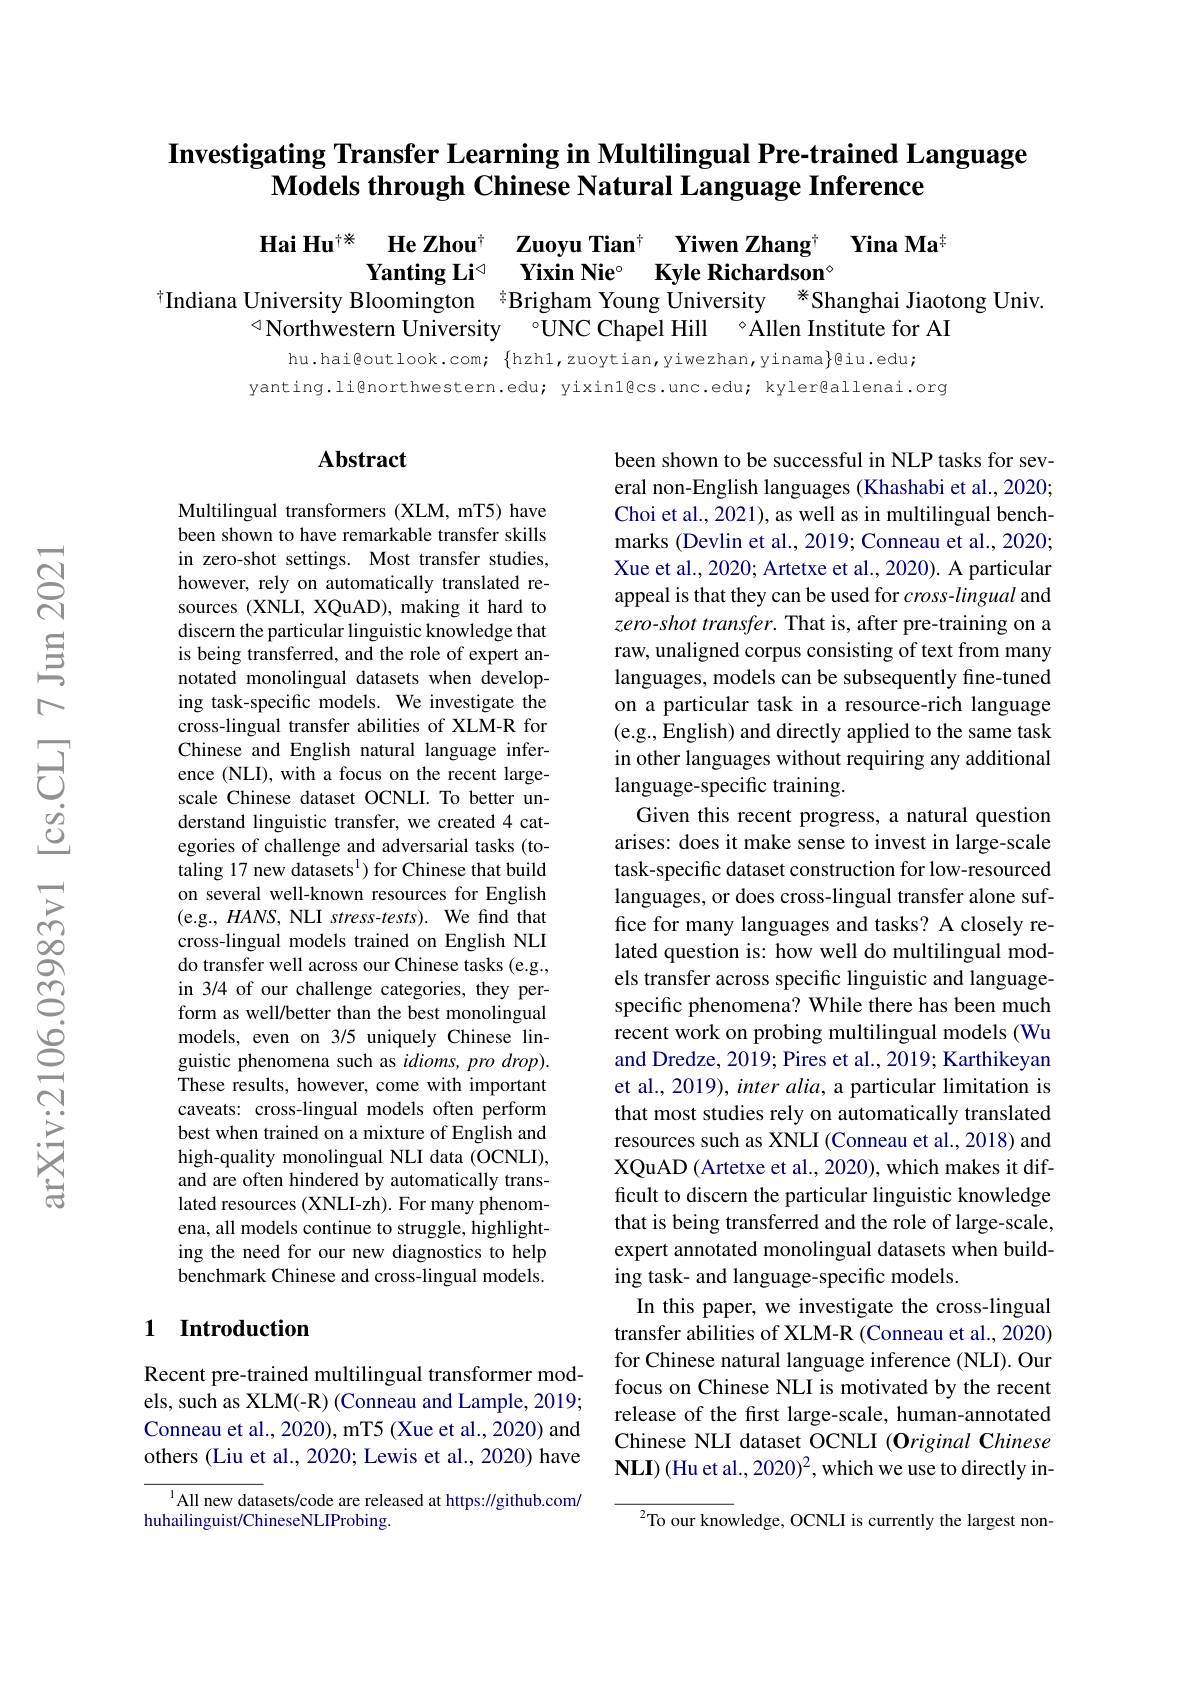
# Investigating Transfer Learning in Multilingual Pre-trained Language Models through Chinese Natural Language Inference

Hai Hu$^{+\text{*}}$ He Zhou$^{+\text{ He Zhou}^{+\text{ Zuoyu Tian}^{+}}}\textbf{ Yiwen Zhang}^{+}\textbf{ Yina Ma}^{\pm}$Yanting Li$^{\circ}$ Yixin Nie$^{\circ}$ Kyle Richardson$^{\circ}$Indiana University Bloomington $^{\text{年}}$Brigham Young University $^{*}$Shanghai Jiaotong Univ$\triangleleft$Northweste

hu.hai@outlook.com; $\{$hzhl,zuoytian,yiwezhan,yinama$\}$@iu.edu;
yanting.li@northwestern.edu; yixinl@cs.unc.edu; kyler@allenai.org

### $\mathbf{Abstract}$

Multilingual transformers (XLM, mT5) have been shown to have remarkable transfer skills in zero-shot settings. Most transfer studies, however, rely on automatically translated resources (XNLI, XQuAD), making it hard to discern the particular linguistic knowledge that is being transferred, and the role of expert annotated monolingual datasets when developing task-specific models. We investigate the cross-lingual transfer abilities of XLM-R for Chinese and English natural language inference (NLI), with a focus on the recent largescale Chinese dataset OCNLI. To better understand linguistic transfer, we created 4 categories of challenge and adversarial tasks (totaling 17 new datasets$^{\mathrm{l}}$) for Chinese that build on several well-known resources for English (e.g., HANS, NLI stress-tests). We find that cross-lingual models trained on English NLI do transfer well across our Chinese tasks (e.g., in 3/4 of our challenge categories, they perform as well/better than the best monolingual models, even on 3/5 uniquely Chinese linguistic phenomena such as $idioms, pro\textit{drop}) .$ These results, however, come with important caveats: cross-lingual models often perform best when trained on a mixture of English and high-quality monolingual NLI data (OCNLI), and are often hindered by automatically translated resources (XNLI-zh). For many phenomena, all models continue to struggle, highlighting the need for our new diagnostics to help benchmark Chinese and cross-lingual models.

been shown to be successful in NLP tasks for several non-English languages (Khashabi et al., 2020; Choi et al., 2021), as well as in multilingual benchmarks (Devlin et al., 2019; Conneau et al., 2020; Xue et al., 2020; Artetxe et al., 2020). A particular appeal is that they can be used for $cross-lingual$ and zero-shot transfer. That is, after pre-training on a raw, unaligned corpus consisting of text from many languages, models can be subsequently fine-tuned on a particular task in a resource-rich language (e.g., English) and directly applied to the same task in other languages without requiring any additional language-specific training
Given this recent progress, a natural question arises: does it make sense to invest in large-scale task-specific dataset construction for low-resourced languages, or does cross-lingual transfer alone suffice for many languages and tasks? A closely related question is: how well do multilingual models transfer across specific linguistic and languagespecific phenomena? While there has been much recent work on probing multilingual models (Wu and Dredze, 2019; Pires et al., 2019; Karthikeyan et al., 2019), inter alia, a particular limitation is that most studies rely on automatically translated resources such as XNLI (Conneau et al., 2018) and XQuAD ( Artetxe et al. , 2020) , which makes it dif- ficult to discern the particular linguistic knowledge that is being transferred and the role of large-scale, expert annotated monolingual datasets when building task- and language-specific models.
In this paper, we investigate the cross-lingual transfer abilities of XLM-R (Conneau et al., 2020) for Chinese natural language inference (NLI). Our focus on Chinese NLI is motivated by the recent release of the first large-scale, human-annotated Chinese NLI dataset OCNLI $(\mathbf{O}riginal\mathbf{C}hinese$ $\mathbf{NLI})$ (Hu et al., 2020)$^2$, which we use to directly in-
$^{2}$To our knowledge, OCNLI is currently the largest non-

### 1 Introduction

Recent pre-trained multilingual transformer models, such as XLM(-R) (Conneau and Lample, 2019; Conneau et al., 2020), mT5 (Xue et al., 2020) and others (Liu et al., 2020; Lewis et al., 2020) have

$^{1}$All new datasets/code are released at https://github.com/
huhailinguist/ChineseNLIProbing.